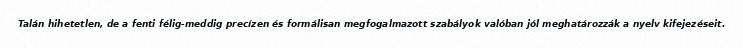
Talán hihetetlen, de a fenti félig-meddig precízen és formálisan megfogalmazott szabályok valóban jól meghatározzák a nyelv kifejezéseit.